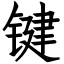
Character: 键